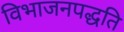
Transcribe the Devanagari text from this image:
विभाजनपद्धति